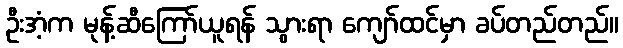
ဦးအံ့က မုန့်ဆီကြော်ယူရန် သွားရာ ကျော်ထင်မှာ ခပ်တည်တည်။